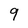
Character: 9